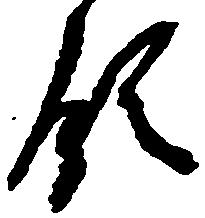
領